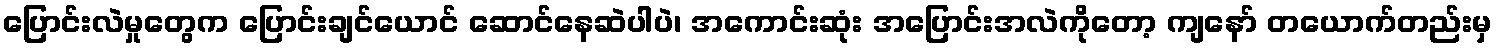
ပြောင်းလဲမှုတွေက ပြောင်းချင်ယောင် ဆောင်နေဆဲပါပဲ၊ အကောင်းဆုံး အပြောင်းအလဲကိုတော့ ကျနော် တယောက်တည်းမှ